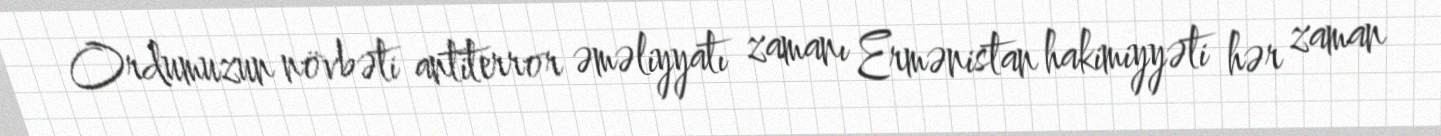
Ordumuzun növbəti antiterror əməliyyatı zamanı Ermənistan hakimiyyəti hər zaman